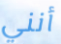
أنني